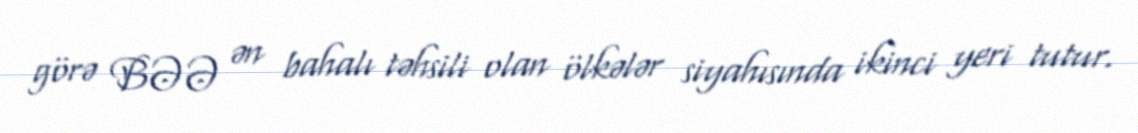
görə BƏƏ ən bahalı təhsili olan ölkələr siyahısında ikinci yeri tutur.